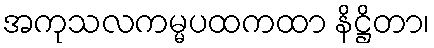
အကုသလကမ္မပထကထာ နိဋ္ဌိတာ၊